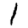
Digit: 1